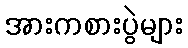
အားကစားပွဲများ